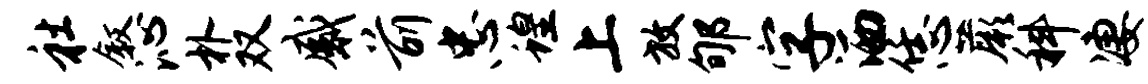
社叙沁朴双感前忠蝗上放郇字洒恁蕨科凄